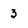
Character: 3